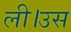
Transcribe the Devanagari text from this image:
ली।उस